Lunatic asylums Central Provinces reports 1874-1885 - 1874-1885
Year: 1874
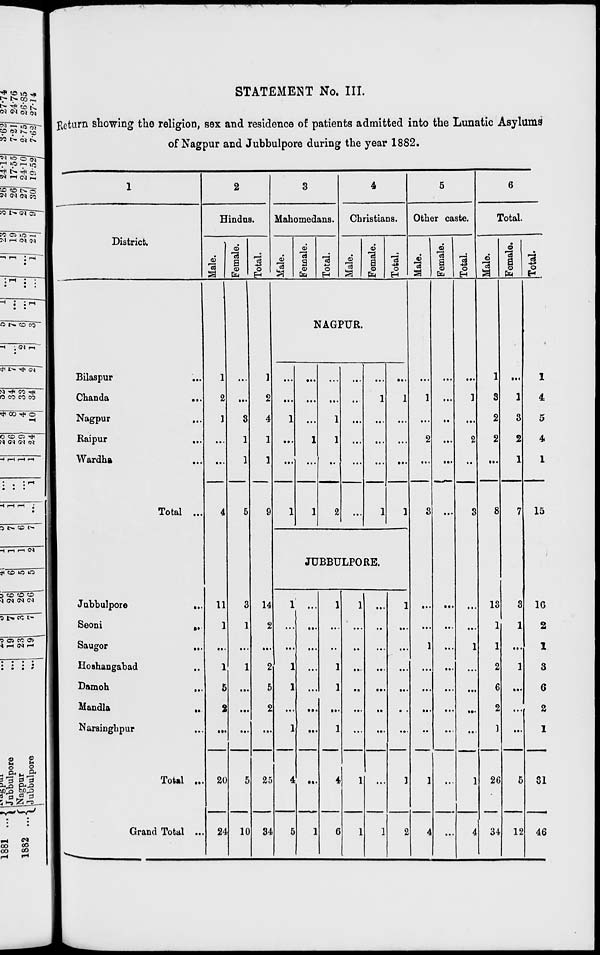
STATEMENT No. III.
Return showing the religion, sex and residence of patients admitted into the Lunatic Asylums
of Nagpur and Jubbulpore during the year 1882.
1
District.
Bilaspur ...
Chanda
...
Nagpur ...
Raipur
...
Wardha ...
Total ...
Jubbulpore
...
Seoni
...
Saugor ...
Hoshangabad ...
Damoh
...
Mandla
...
Narsinghpur ...
Total ...
Grand Total ...
2
Hindus.
Male.
1
2
1
...
...
4
11
1
...
1
5
2
...
20
24
Female.
...
...
3
1
1
5
3
1
...
1
...
...
...
5
10
Total.
1
2
4
1
1
9
14
2
...
2
5
2
...
25
34
3
Mahomedans.
Male.
Female.
Total.
4
Christians.
Male.
Female.
Total.
NAGPUR.
...
...
1
...
...
1
...
...
...
1
...
1
...
...
1
1
...
2
...
...
...
...
...
...
...
1
...
...
...
1
...
1
...
...
...
1
JUBBULPORE.
1
...
...
1
1
...
1
4
5
...
...
...
...
...
...
...
...
1
1
...
...
1
1
...
1
4
6
1
...
...
...
...
...
...
1
1
...
...
...
...
...
...
...
...
1
1
...
...
...
...
...
...
1
2
5
Other caste.
Male.
...
1
...
2
...
3
...
...
1
...
...
...
...
1
4
Female.
...
...
...
...
...
...
...
...
...
...
...
...
...
...
...
Total.
...
1
...
2
...
3
...
...
1
...
...
...
...
1
4
6
Total.
Male.
1
3
2
2
...
8
13
1
1
2
6
2
1
26
34
Female.
...
1
3
2
1
7
3
1
...
1
...
...
...
5
12
Total.
1
4
5
4
1
15
16
2
1
3
6
2
1
31
46